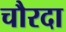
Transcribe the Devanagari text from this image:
चौरदा